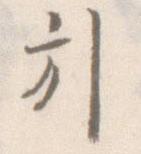
引